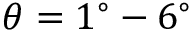
\theta = 1 ^ { \circ } - 6 ^ { \circ }